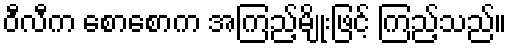
ဝီလီက စောစောက အကြည့်မျိုးဖြင့် ကြည့်သည်။